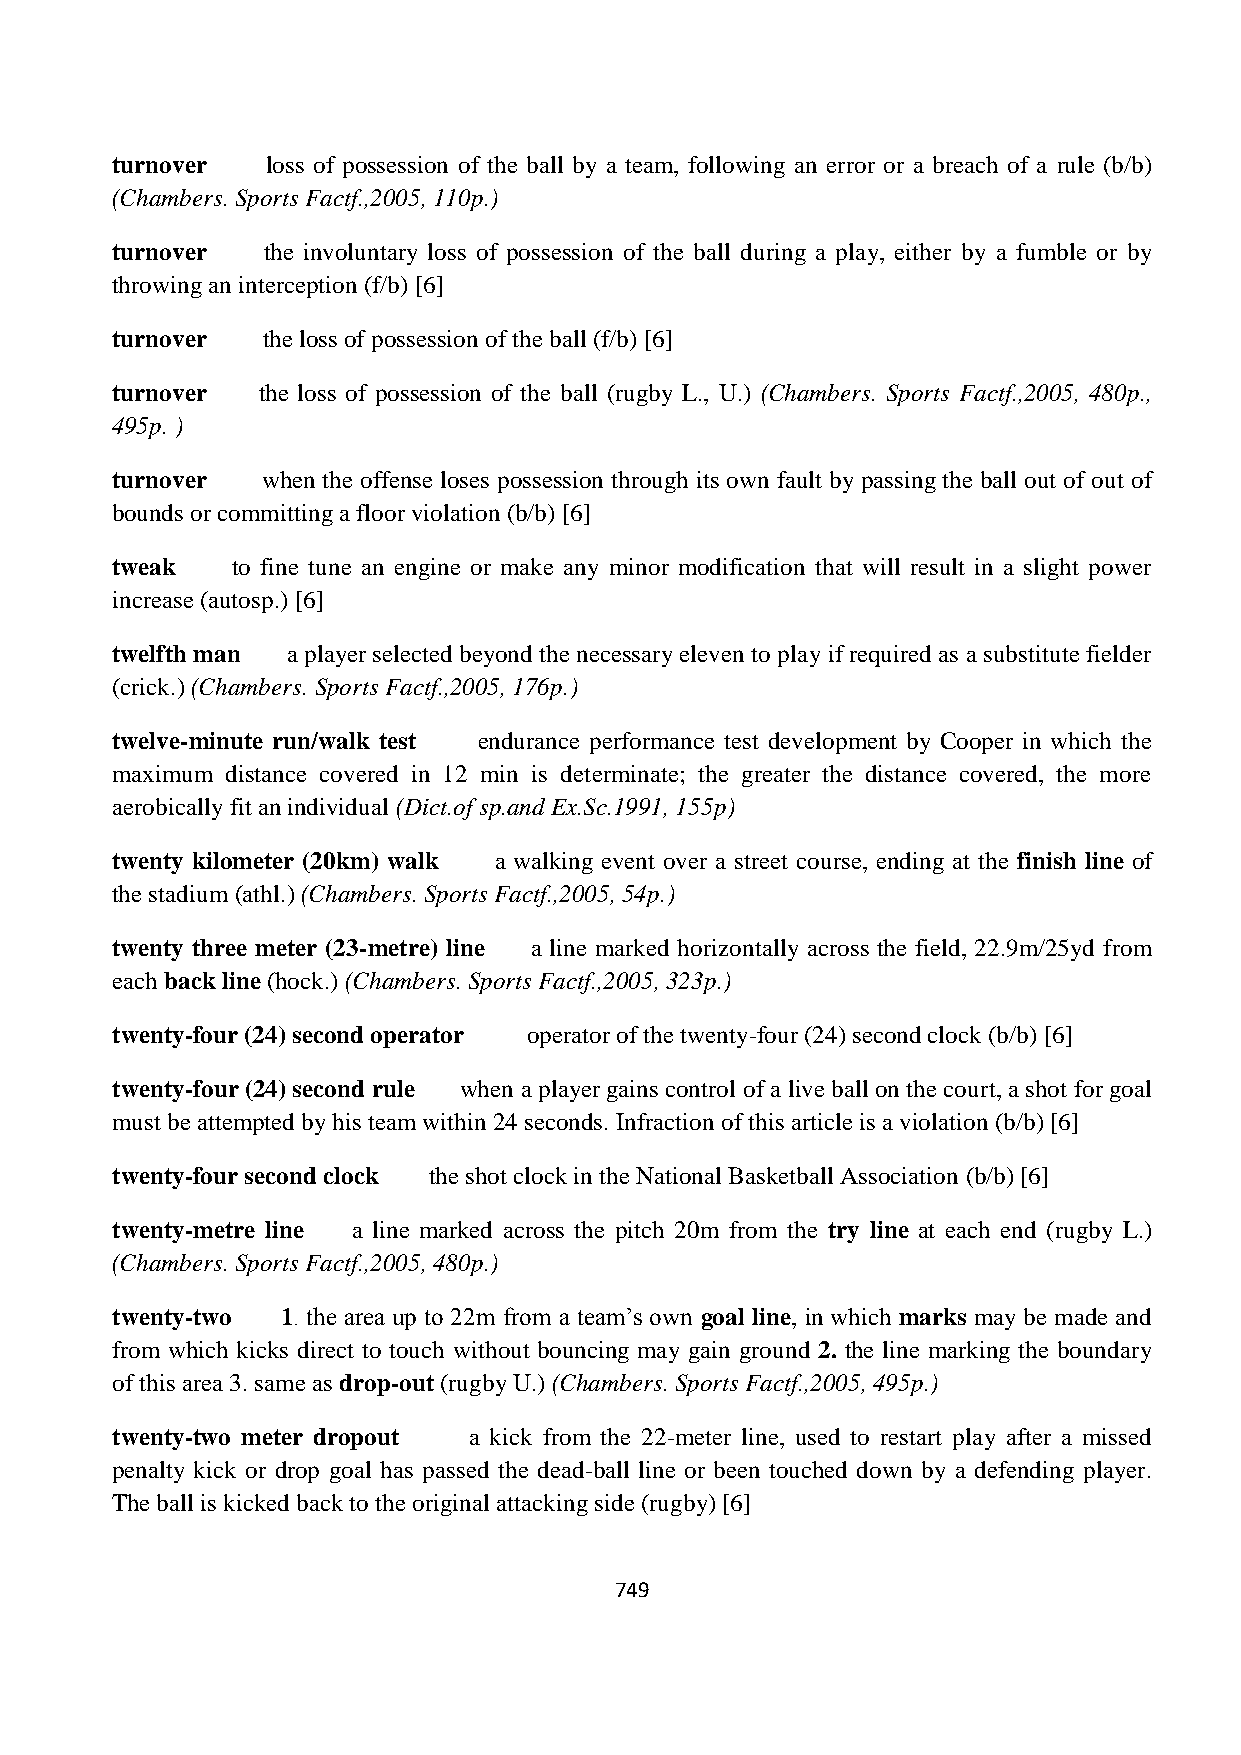
turnover   loss of possession of the ball by a team, following an error or a breach of a rule (b/b)
 (Chambers. Sports Factf.,2005, 110p.)
 turnover  the involuntary loss of possession of the ball during a play, either by a fumble or by
 throwing an interception (f/b) [6]
 turnover  the loss of possession of the ball (f/b) [6]
 turnover  the loss of possession of the ball (rugby L., U.) (Chambers. Sports Factf.,2005, 480p.,
 495p. )
 turnover  when the offense loses possession through its own fault by passing the ball out of out of
 bounds or committing a floor violation (b/b) [6]
 tweak   to fine tune an engine or make any minor modification that will result in a slight power
 increase (autosp.) [6]
 twelfth man a player selected beyond the necessary eleven to play if required as a substitute fielder
 (crick.) (Chambers. Sports Factf.,2005, 176p.)
 twelve-minute run/walk test endurance performance test development by Cooper in which the
 maximum distance covered in 12 min is determinate; the greater the distance covered, the more
 aerobically fit an individual (Dict.of sp.and Ex.Sc.1991, 155p)
 twenty kilometer (20km) walk a walking event over a street course, ending at the finish line of
 the stadium (athl.) (Chambers. Sports Factf.,2005, 54p.)
 twenty three meter (23-metre) line a line marked horizontally across the field, 22.9m/25yd from
 each back line (hock.) (Chambers. Sports Factf.,2005, 323p.)
 twenty-four (24) second operator operator of the twenty-four (24) second clock (b/b) [6]
 twenty-four (24) second rule when a player gains control of a live ball on the court, a shot for goal
 must be attempted by his team within 24 seconds. Infraction of this article is a violation (b/b) [6]
 twenty-four second clock the shot clock in the National Basketball Association (b/b) [6]
 twenty-metre line a line marked across the pitch 20m from the try line at each end (rugby L.)
 (Chambers. Sports Factf.,2005, 480p.)
 twenty-two  1. the area up to 22m from a team‟s own goal line, in which marks may be made and
 from which kicks direct to touch without bouncing may gain ground 2. the line marking the boundary
 of this area 3. same as drop-out (rugby U.) (Chambers. Sports Factf.,2005, 495p.)
 twenty-two meter dropout a kick from the 22-meter line, used to restart play after a missed
 penalty kick or drop goal has passed the dead-ball line or been touched down by a defending player.
 The ball is kicked back to the original attacking side (rugby) [6]
 749